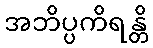
အဘိပ္ပကိရန္တိ